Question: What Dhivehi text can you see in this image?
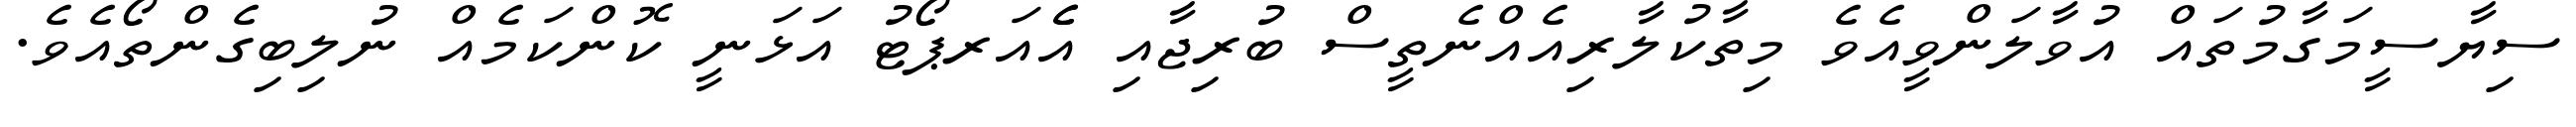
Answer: ސިޔާސީމަގާމުތައް އުވާލަންވީއެވެ މިތާކުލާރިއެއްނެތީސް ބުރިޖާއި އެެއަރޕޯޓު އަޅަނީ ކޮންކަމެއް ނުލިބިގެންތޯއެވެ.